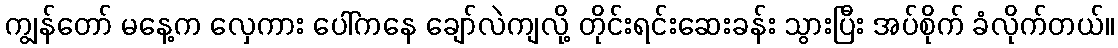
ကျွန်တော် မနေ့က လှေကား ပေါ်ကနေ ချော်လဲကျလို့ တိုင်းရင်းဆေးခန်း သွားပြီး အပ်စိုက် ခံလိုက်တယ်။